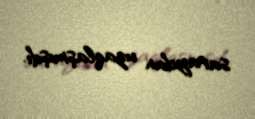
saraydan uzaqlaşmışdı.